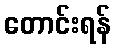
တောင်းရန်